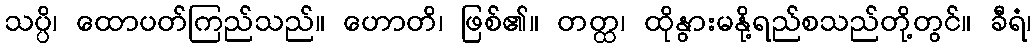
သပ္ပိ၊ ထောပတ်ကြည်သည်။ ဟောတိ၊ ဖြစ်၏။ တတ္ထ၊ ထိုနွားမနို့ရည်စသည်တို့တွင်။ ခီရံ၊